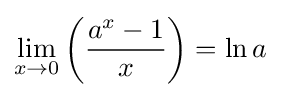
\lim _{x\to 0}\left({\frac {a^{x}-1}{x}}\right)=\ln {a}